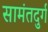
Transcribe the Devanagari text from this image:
सामंतदुर्ग